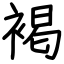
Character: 褐